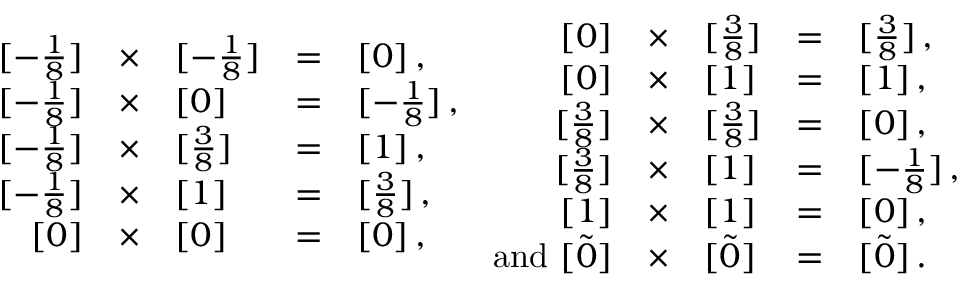
\begin{array} { r c l c l } { { { } [ - \frac { 1 } { 8 } ] } } & { { \times } } & { { [ - \frac { 1 } { 8 } ] } } & { { = } } & { { [ 0 ] \, , } } \\ { { { } [ - \frac { 1 } { 8 } ] } } & { { \times } } & { { [ 0 ] } } & { { = } } & { { [ - \frac { 1 } { 8 } ] \, , } } \\ { { { } [ - \frac { 1 } { 8 } ] } } & { { \times } } & { { [ \frac { 3 } { 8 } ] } } & { { = } } & { { [ 1 ] \, , } } \\ { { { } [ - \frac { 1 } { 8 } ] } } & { { \times } } & { { [ 1 ] } } & { { = } } & { { [ \frac { 3 } { 8 } ] \, , } } \\ { { { } [ 0 ] } } & { { \times } } & { { [ 0 ] } } & { { = } } & { { [ 0 ] \, , } } \end{array} \begin{array} { r c l c l } { { { } [ 0 ] } } & { { \times } } & { { [ \frac { 3 } { 8 } ] } } & { { = } } & { { [ \frac { 3 } { 8 } ] \, , } } \\ { { { } [ 0 ] } } & { { \times } } & { { [ 1 ] } } & { { = } } & { { [ 1 ] \, , } } \\ { { { } [ \frac { 3 } { 8 } ] } } & { { \times } } & { { [ \frac { 3 } { 8 } ] } } & { { = } } & { { [ 0 ] \, , } } \\ { { { } [ \frac { 3 } { 8 } ] } } & { { \times } } & { { [ 1 ] } } & { { = } } & { { [ - \frac { 1 } { 8 } ] \, , } } \\ { { { } [ 1 ] } } & { { \times } } & { { [ 1 ] } } & { { = } } & { { [ 0 ] \, , } } \\ { { \mathrm { a n d \ } { } [ \tilde { 0 } ] } } & { { \times } } & { { [ \tilde { 0 } ] } } & { { = } } & { { [ \tilde { 0 } ] \, . } } \end{array}